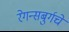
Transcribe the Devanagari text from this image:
रेगन्सबुर्गचे